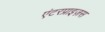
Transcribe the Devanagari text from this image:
एंटरप्राइज़स